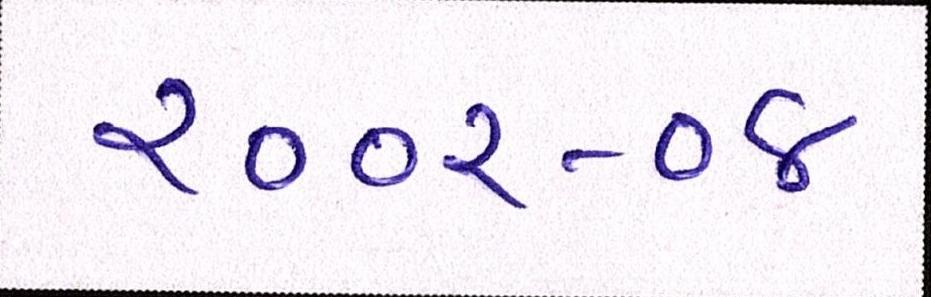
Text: ૨૦૦૨-૦૪